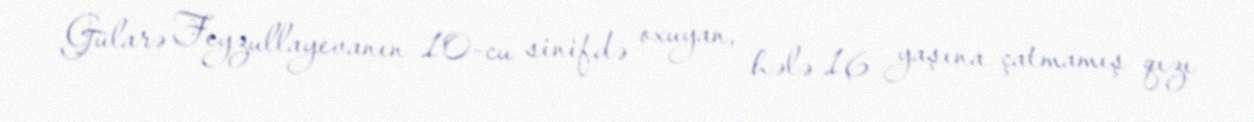
Gülarə Feyzullayevanın 10-cu sinifdə oxuyan, hələ 16 yaşına çatmamış qızı